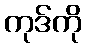
ကုဒ်ကို